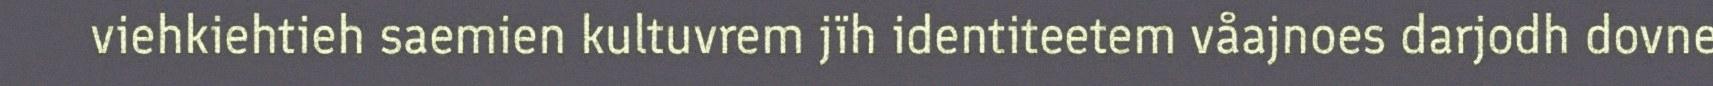
viehkiehtieh saemien kultuvrem jïh identiteetem våajnoes darjodh dovne